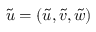
\tilde { \boldsymbol { u } } = ( \tilde { u } , \tilde { v } , \tilde { w } )